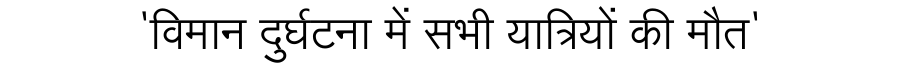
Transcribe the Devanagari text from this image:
'विमान दुर्घटना में सभी यात्रियों की मौत'